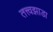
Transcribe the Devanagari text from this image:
तत्त्वझाडा